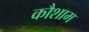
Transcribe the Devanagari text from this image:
कौशाम